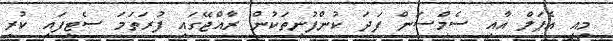
މިއީ އެޕަލް އާއި ސެމްސަން ފަދަ ކުންފުނިތަކުން ރާއްޖޭގައި ފުރަތަމަ ސެޓިފައި ކުރި